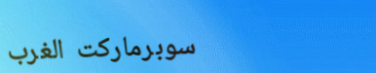
سوبرماركت الغرب